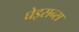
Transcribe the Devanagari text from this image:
घेइसन्स